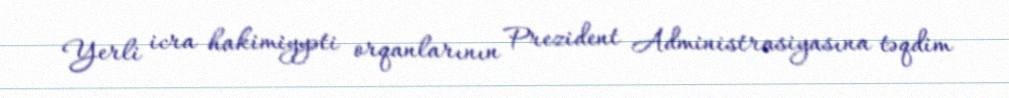
Yerli icra hakimiyyəti orqanlarının Prezident Administrasiyasına təqdim